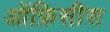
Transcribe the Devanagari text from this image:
ऑफ़िसीस